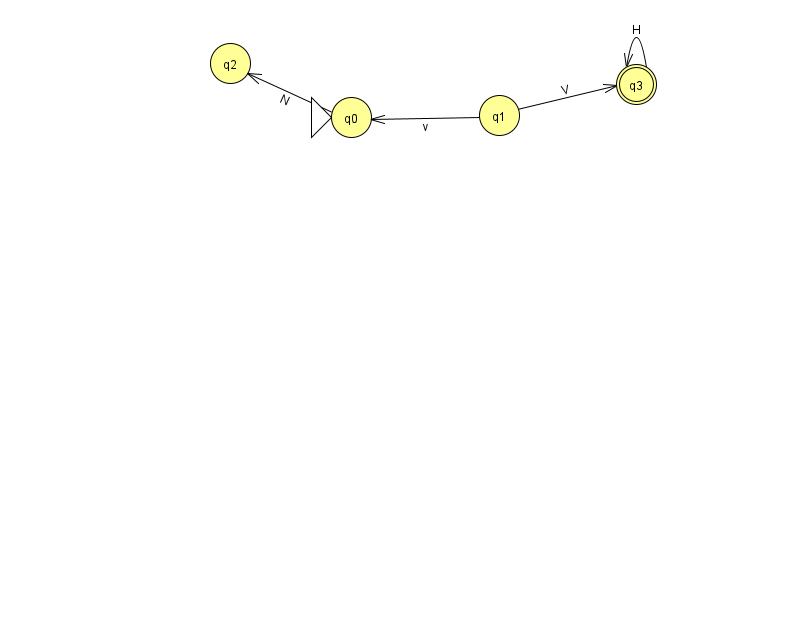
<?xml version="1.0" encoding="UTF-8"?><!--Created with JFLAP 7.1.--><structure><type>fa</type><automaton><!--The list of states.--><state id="0" name="q0"><x>351.0</x><y>104.0</y><initial/></state><state id="1" name="q1"><x>499.0</x><y>102.0</y></state><state id="2" name="q2"><x>230.0</x><y>50.0</y></state><state id="3" name="q3"><x>636.0</x><y>71.0</y><final/></state><!--The list of transitions.--><transition><from>1</from><to>0</to><read>v</read></transition><transition><from>1</from><to>3</to><read>V</read></transition><transition><from>3</from><to>3</to><read>H</read></transition><transition><from>0</from><to>2</to><read>N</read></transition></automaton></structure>